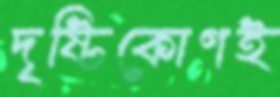
দৃষ্টিকোণই